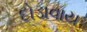
દોડાવાય